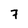
Character: 7